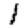
Digit: 1